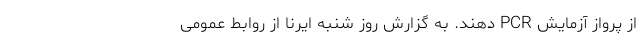
از پرواز آزمایش PCR دهند. به گزارش روز شنبه ایرنا از روابط عمومی